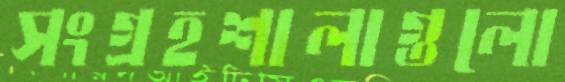
সংগ্রহশালাগুলো